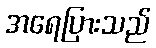
အရေပြားသည်